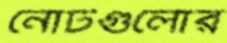
নোটগুলোর